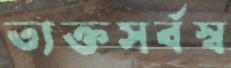
ত্যক্তসর্বস্ব